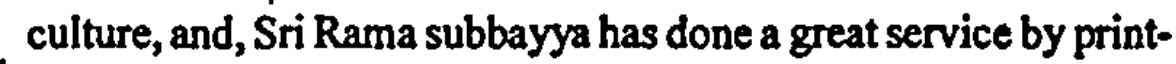
culture, and, Sri Rama subbayya has done a great service by print-